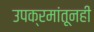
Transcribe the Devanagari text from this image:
उपक्रमांतूनही